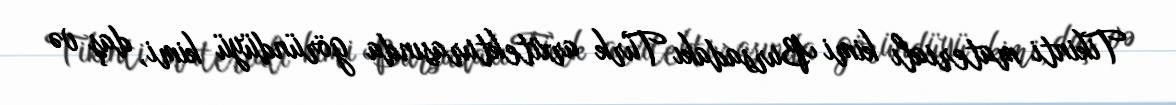
Tikinti materialı kimi Bursadakı Türk arxitekturasında göründüyü kimi, daş və